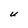
Character: U